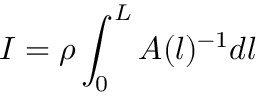
I = \rho \int _ { 0 } ^ { L } A ( l ) ^ { - 1 } d l